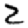
Digit: 2